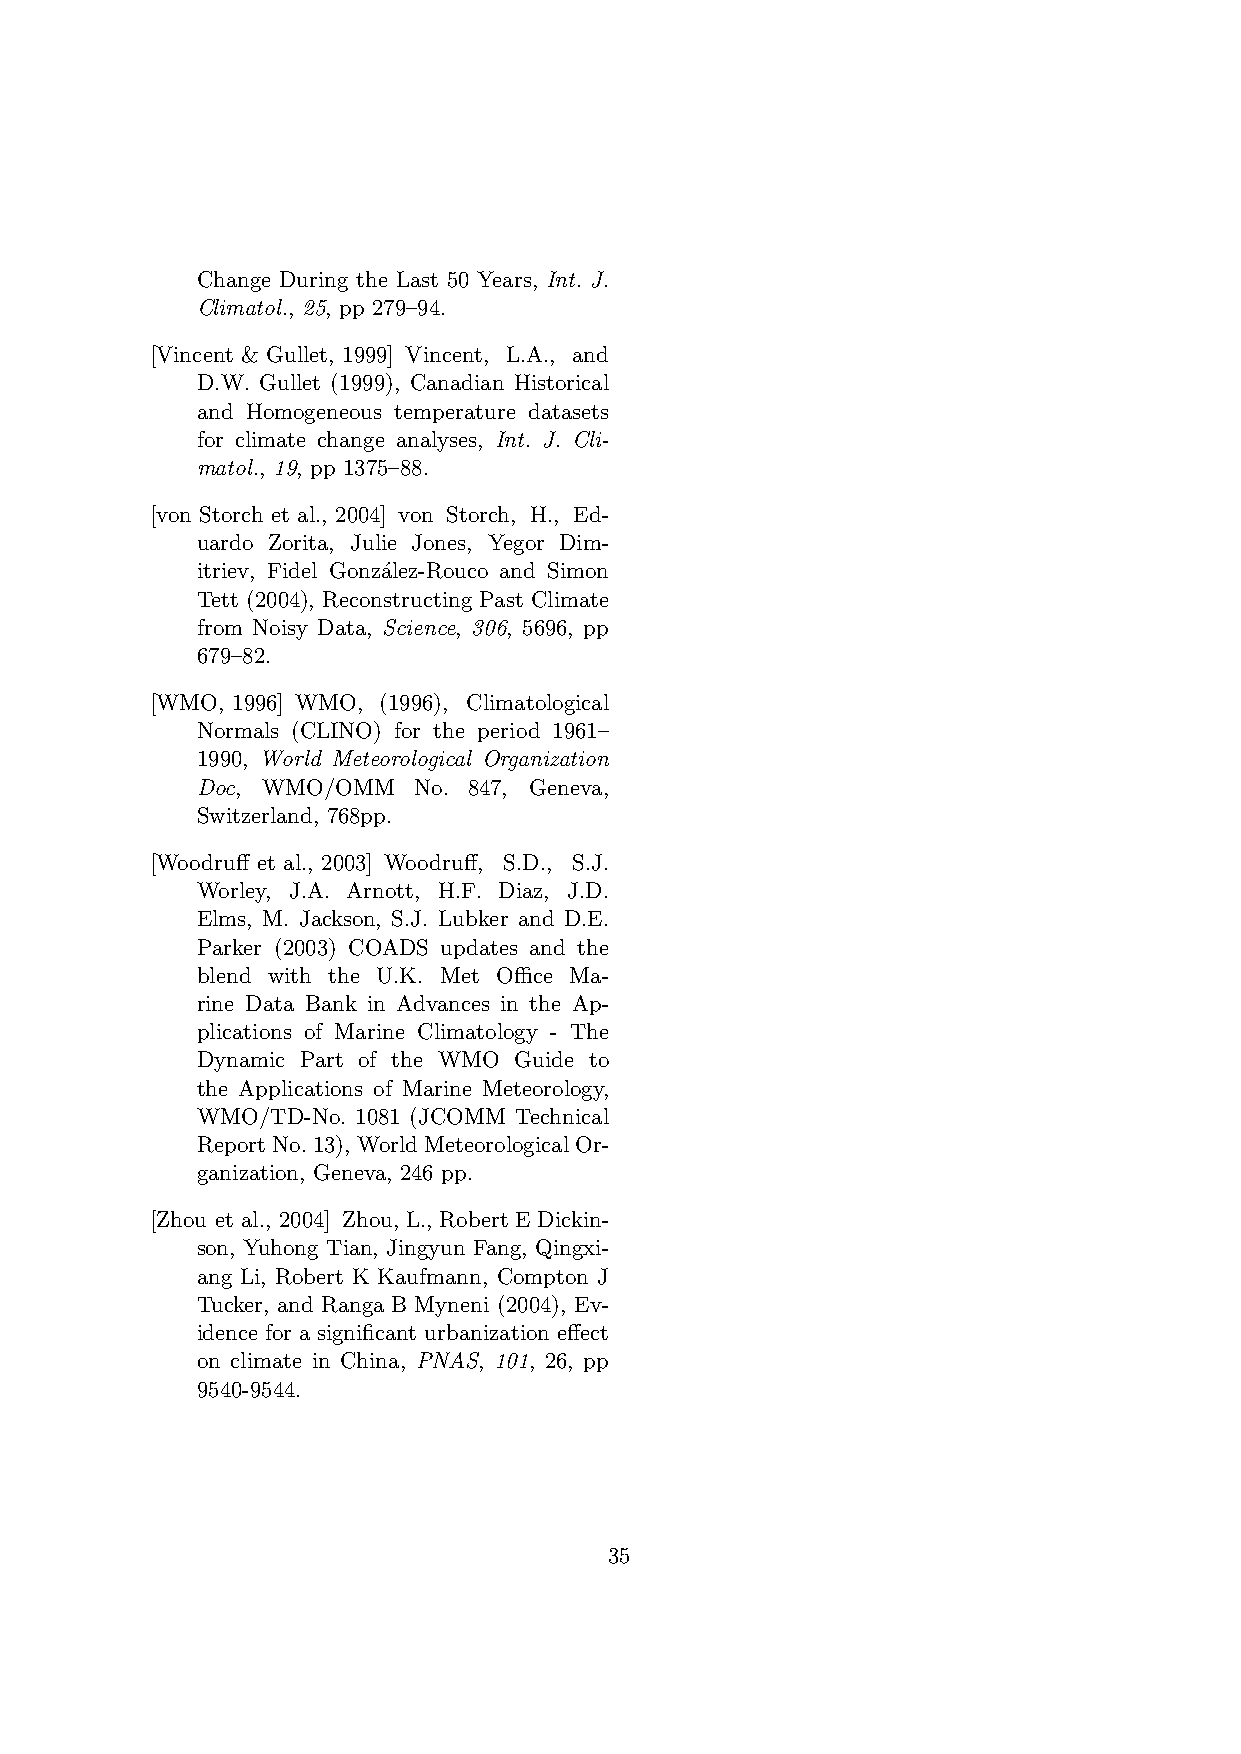
Change During the Last 50 Years, Int. J.
 Climatol., 25, pp 279–94.
 [Vincent & Gullet, 1999] Vincent, L.A., and
 D.W. Gullet (1999), Canadian Historical
 and Homogeneous temperature datasets
 for climate change analyses, Int. J. Cli-
 matol., 19, pp 1375–88.
 [von Storch et al., 2004] von Storch, H., Ed-
 uardo Zorita, Julie Jones, Yegor Dim-
 itriev, Fidel Gonz´alez-Rouco and Simon
 Tett (2004), Reconstructing Past Climate
 from Noisy Data, Science, 306, 5696, pp
 679–82.
 [WMO, 1996] WMO, (1996), Climatological
 Normals (CLINO) for the period 1961–
 1990, World Meteorological Organization
 Doc, WMO/OMM  No. 847, Geneva,
 Switzerland, 768pp.
 [Woodruff et al., 2003] Woodruff, S.D., S.J.
 Worley, J.A. Arnott, H.F. Diaz, J.D.
 Elms, M. Jackson, S.J. Lubker and D.E.
 Parker (2003) COADS updates and the
 blend with the U.K. Met Office Ma-
 rine Data Bank in Advances in the Ap-
 plications of Marine Climatology - The
 Dynamic Part of the WMO Guide to
 the Applications of Marine Meteorology,
 WMO/TD-No. 1081 (JCOMM Technical
 ReportNo.13), WorldMeteorologicalOr-
 ganization, Geneva, 246 pp.
 [Zhou et al., 2004] Zhou, L., Robert E Dickin-
 son, Yuhong Tian, Jingyun Fang, Qingxi-
 ang Li, Robert K Kaufmann, Compton J
 Tucker, and Ranga B Myneni (2004), Ev-
 idence for a significant urbanization effect
 on climate in China, PNAS, 101, 26, pp
 9540-9544.
 35